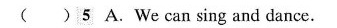
( ) 5 A.We can sing and dance.